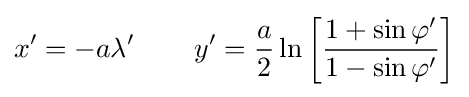
x'=-a\lambda '\,\qquad y'={\frac {a}{2}}\ln \left[{\frac {1+\sin \varphi '}{1-\sin \varphi '}}\right]